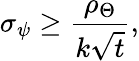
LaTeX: \sigma_{\psi}\geq\frac{\rho_{\Theta}}{k\sqrt{t}},